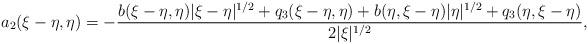
LaTeX: \begin{align*} a_{2}(\xi-\eta, \eta) = -\frac{b(\xi-\eta,\eta)|\xi-\eta|^{1/2} + q_{3}(\xi-\eta, \eta)+b(\eta,\xi-\eta)|\eta|^{1/2} + q_{3}(\eta,\xi- \eta)}{2|\xi|^{1/2}} ,\end{align*}